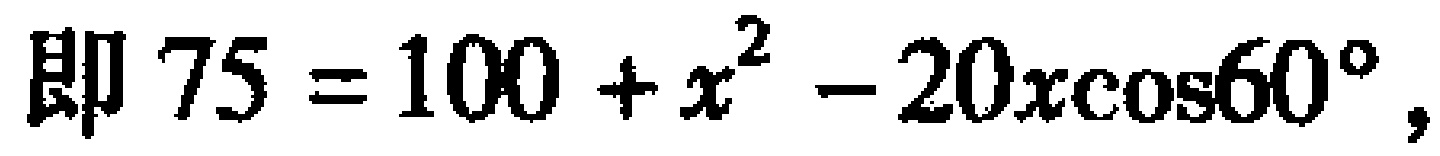
即 \(75 = 100 + x^{2} - 20x\cos60^{\circ}\)，